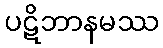
ပဋိဘာနမဿ